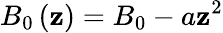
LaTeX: B_{0}\left(\mathbf{z}\right)=B_{0}-a\mathbf{z}^{2}